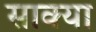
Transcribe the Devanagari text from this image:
साक्या